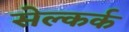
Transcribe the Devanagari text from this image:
सेल्कर्क